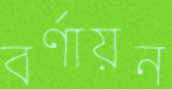
বর্ণায়ন